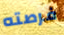
فرصته